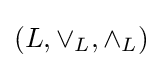
\left(L,\vee _{L},\wedge _{L}\right)